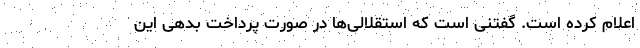
اعلام کرده است. گفتنی است که استقلالی‌ها در صورت پرداخت بدهی این